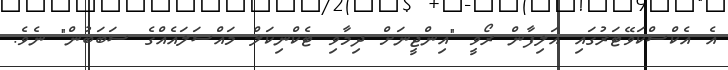
އެ އެކްސްކަވޭޓަރުގައި އަލިފާން ރޯވީ "އިންޖީނަށް ދިމާވި ޓެކްނިކަލް މައްސަލައެއްގެ ސަބަބުން" ނެވެ.